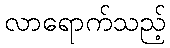
လာရောက်သည့်